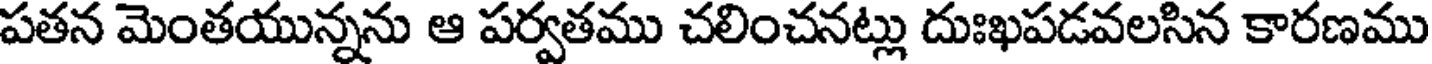
పతన మెంతయున్నను ఆ పర్వతము చలించనట్లు దుఃఖపడవలసిన కారణము